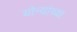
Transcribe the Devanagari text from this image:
योन्यांच्या